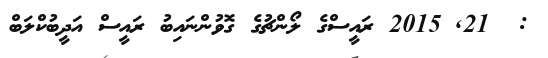
:  21